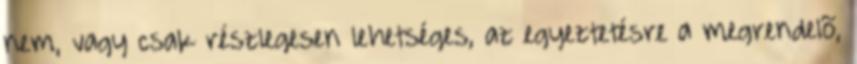
nem, vagy csak részlegesen lehetséges, az egyeztetésre a megrendelõ,